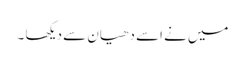
میں نے اسے دھیان سے دیکھا ۔